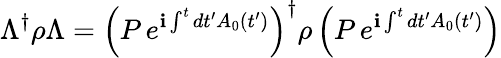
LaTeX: \Lambda^{\dagger}\rho\Lambda=\left(P\, e^{\mathbf{i}\int^{t}dt^{\prime}A_{0}(t^{\prime})}\right)^{\dagger}\rho\left(P\, e^{\mathbf{i}\int^{t}dt^{\prime}A_{0}(t^{\prime})}\right)